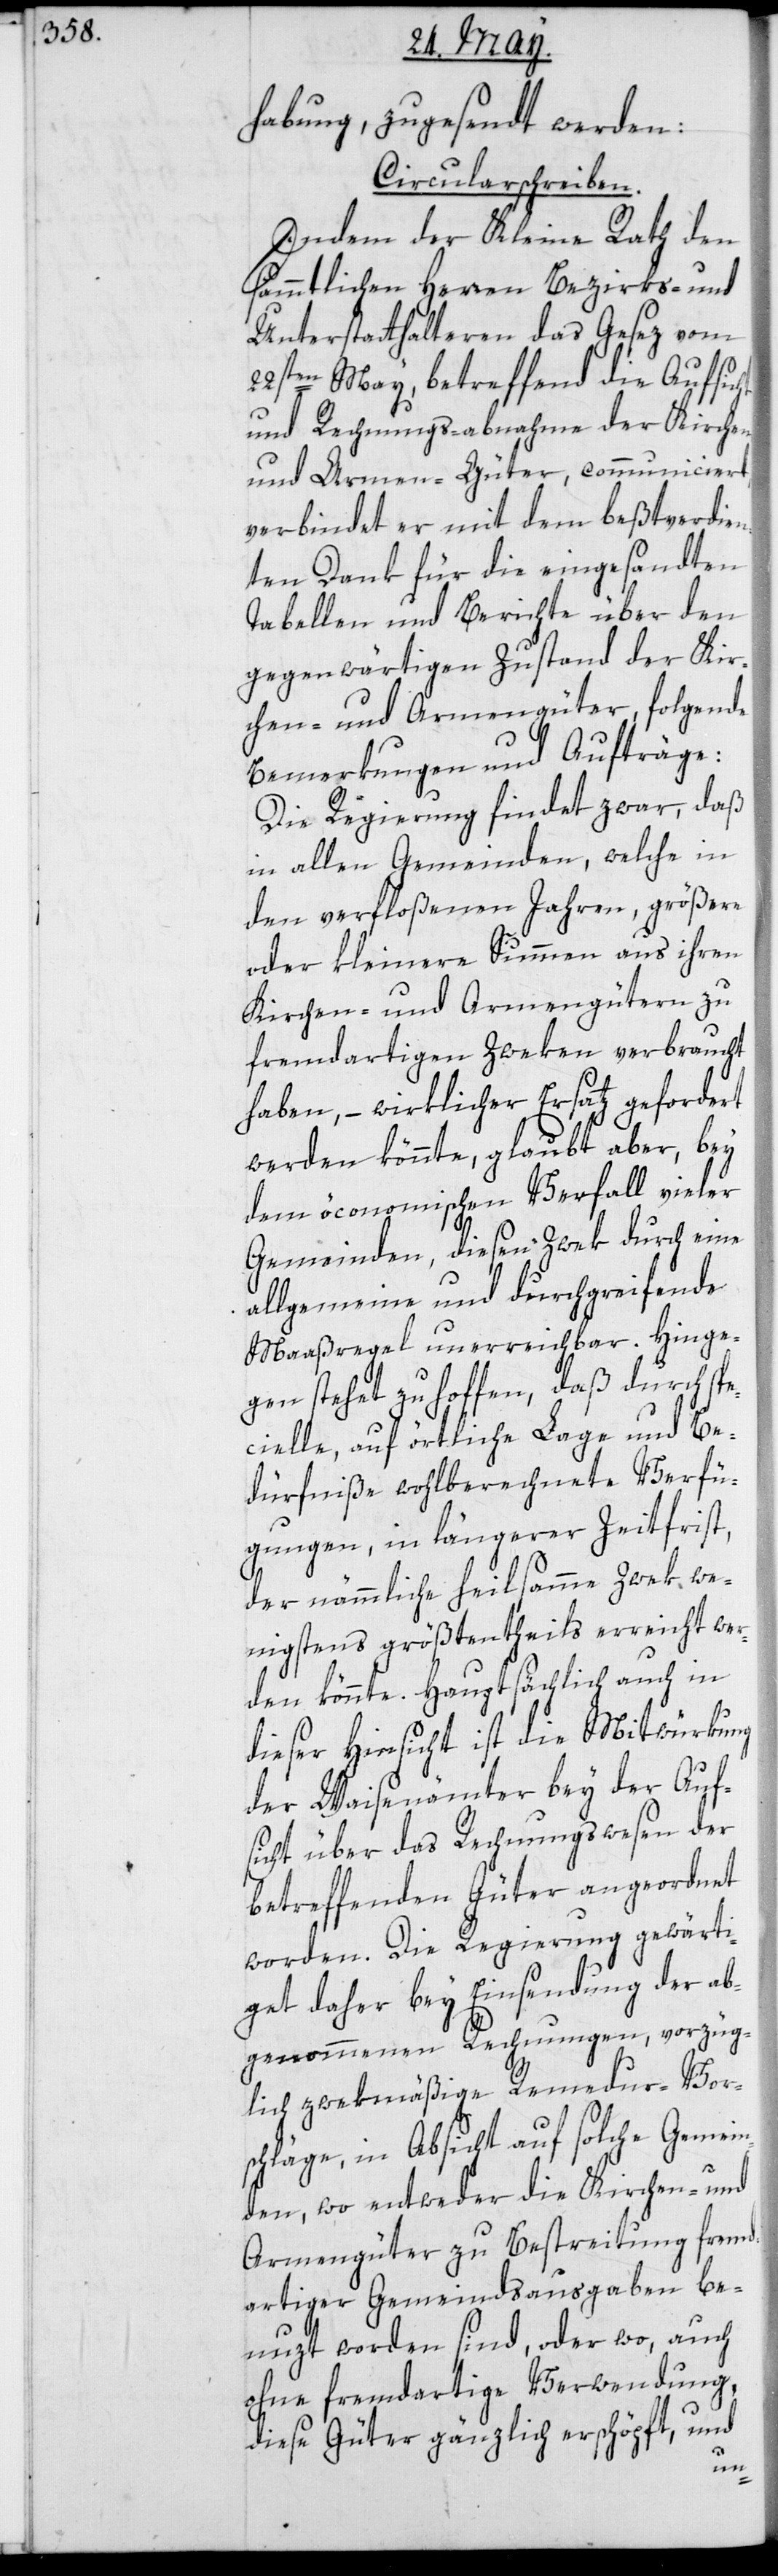
habung, zugesendt werden:
Circularschreiben.
Indem der Kleine Rath den
sämmtlichen Herren Bezirks- und
Unterstatthalteren das Gesez vom
22sten May, betreffend die Aufsicht
und Rechnungsabnahme der Kirchen-
und Armengüter communiciert,
verbindet er mit dem beßtverdie¬
nten Dank für die eingesandten
Tabellen und Berichte über den
gegenwärtigen Zustand der Kir¬
chen- und Armengüter, folgende
Bemerkungen und Aufträge:
Die Regierung findet zwar, daß
in allen Gemeinden, welche in
den verfloßenen Jahren, größere
oder kleinere Summen aus ihren
Kirchen- und Armengüter zu
fremdartigen Zweken verbraucht
haben, – wirklicher Ersatz gefordert
werden könnte, glaubt aber, bey
dem öconomischen Verfall vieler
Gemeinden, diesen Zwek durch eine
allgemeine und durchgreifende
Maaßregel unerreichbar. Hinge¬
gen stehet zu hoffen, daß durch sp¬
ecielle, auf örtliche Lage und Be¬
dürfniße wohlberechnete Verfü¬
gungen, in längerer Zeitfrist
der nämmliche heilsamme Zwek, we¬
nigstens größtentheils erreicht wer¬
den könnte. Hauptsächlich auch in
dieser Hinsicht ist die Mitwürkung
der Waisenämter bey der Auf¬
sicht über das Rechnungswesen der
betreffenden Güter angeordnet
worden. Die Regierung gewärti¬
get daher bey Einsendung der ab¬
genommenen Rechnungen, vorzüg¬
lich zwekmäßige Remedur-Vor¬
schläge, in Absicht auf solche Gemein¬
den, wo entweder die Kirchen- und
Armengüter zu Bestreitung fremd¬
artiger Gemeindsausgaben be¬
nuzt worden sind, oder wo, auch
ohne fremdartige Verwendung,
diese Güter gänzlich erschöpft, und